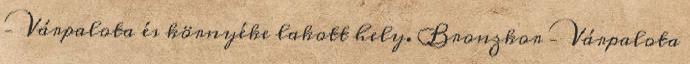
– Várpalota és környéke lakott hely. Bronzkor – Várpalota